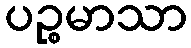
ပဉ္စမာသာ